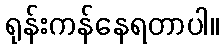
ရုန်းကန်နေရတာပါ။